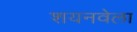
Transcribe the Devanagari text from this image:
शयनवेला